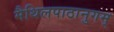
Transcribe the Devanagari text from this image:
मैथिलपाठानुगम्